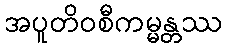
အပူတိဝစီကမ္မန္တဿ